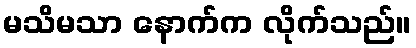
မသိမသာ နောက်က လိုက်သည်။